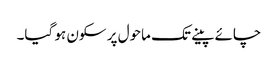
چائے پینے تک ماحول پر سکون ہو گیا۔